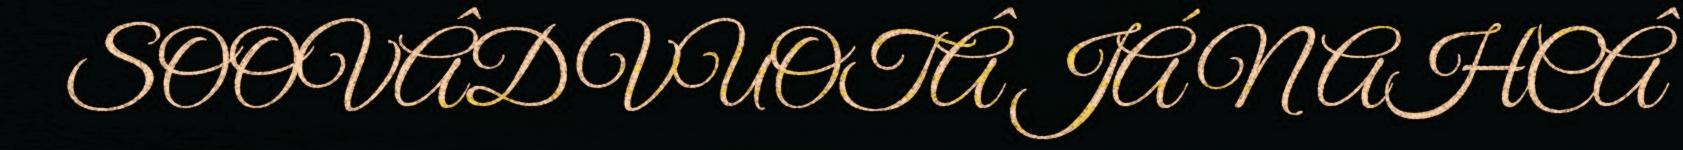
SOOVÂDVUOTÂ JÁ NAHCÂ